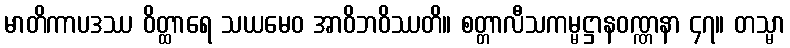
မာတိကာပဒဿ ဝိတ္ထာရေ သယမေဝ အာဝိဘဝိဿတိ။ စတ္တာလီသကမ္မဋ္ဌာနဝဏ္ဏနာ ၄၇။ တသ္မာ